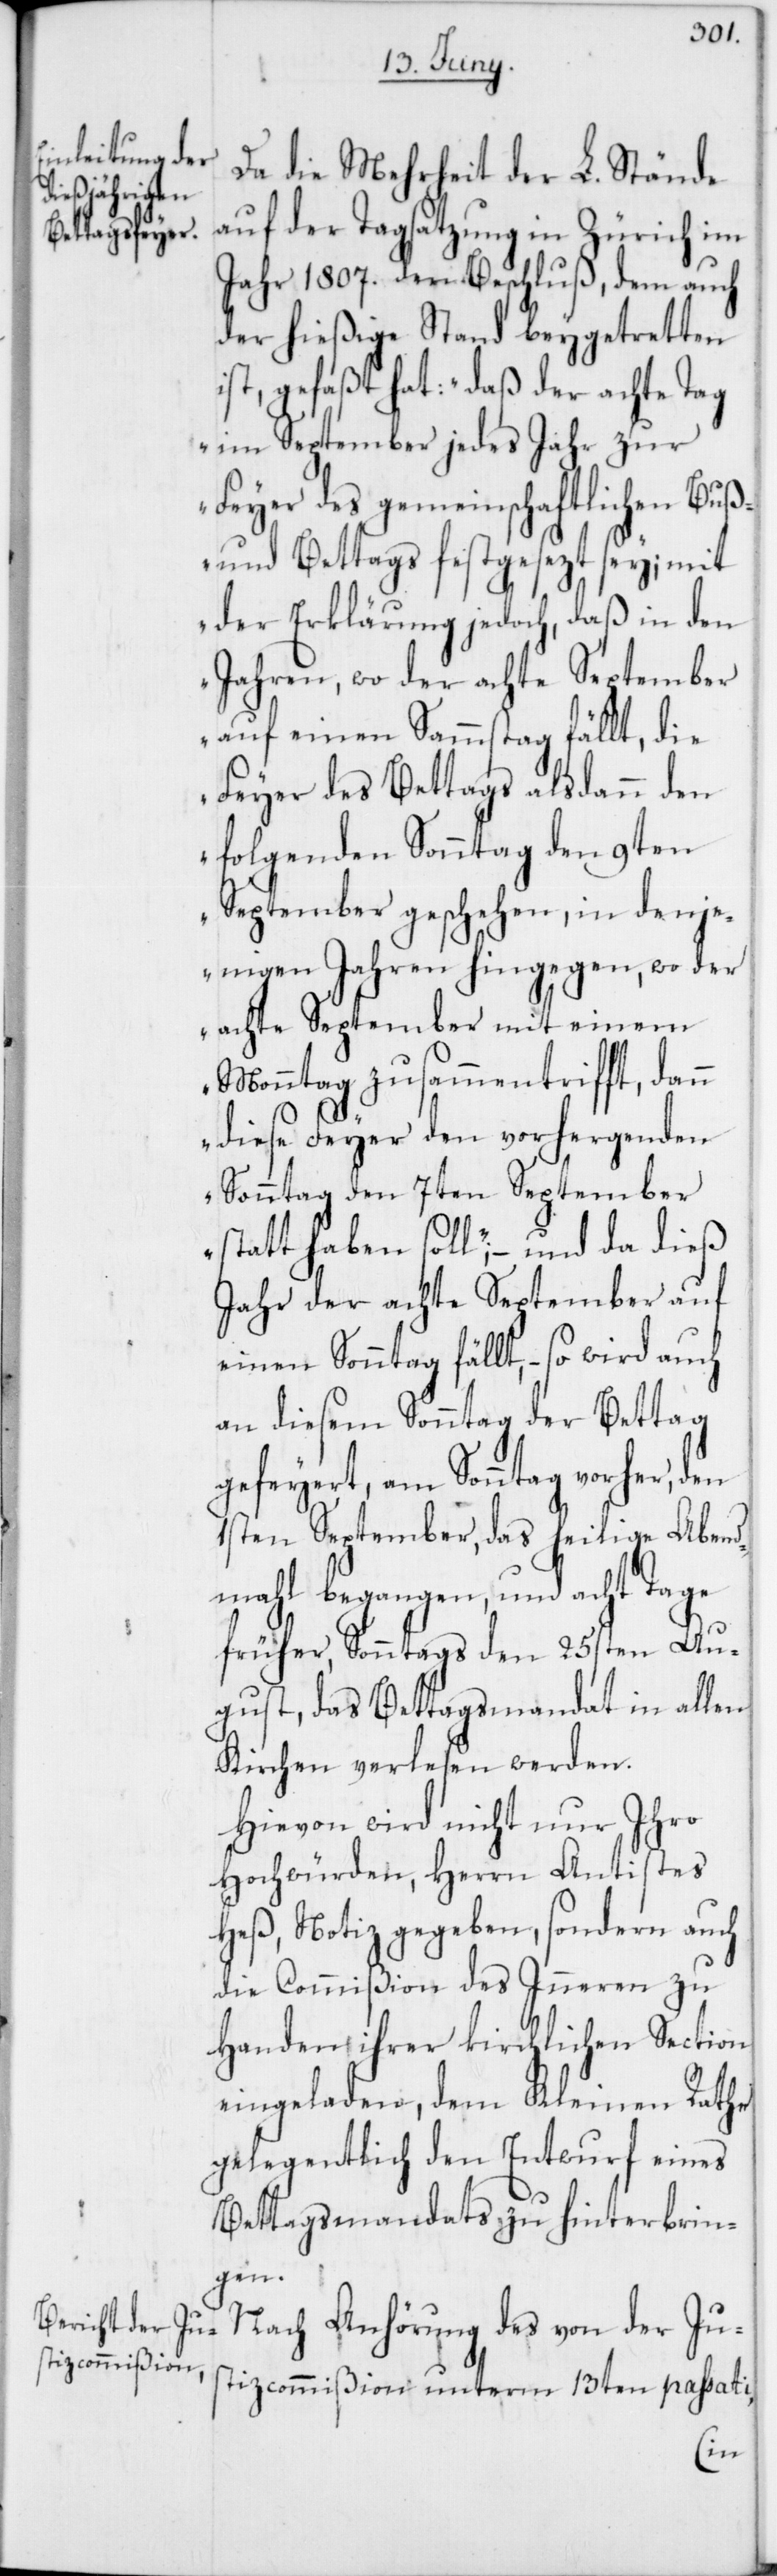
Da die Mehrheit der L. Stände
auf der Tagsatzung in Zürich im
Jahr 1807. den Beschluß, dem auch
der hießige Stand beygetretten
ist, gefaßt hat: „daß der achte Tag
im September jedes Jahr zur
Feyer des gemeinschaftlichen Buß-
und Bettags festgesezt sey; mit
der Erklärung jedoch, daß in den
Jahren, wo der achte September
auf einen Sammstag fällt, die
Feyer des Bettags alsdann den
folgenden Sonntag den 9ten
September geschehen, in denje¬
nigen Jahren hingegen, wo der
achte September mit einem
Monntag zusammentrifft, dann
diese Feyer den vorhergehenden
Sonntag den 7ten September
statt haben soll“, – und da dieß
Jahr der achte September auf
einen Sonntag fällt, – so wird
an diesem Sonntag der Bettag
gefeyert, am Sonntag vorher, den
1sten September, das heilige Abend¬
mahl begangen, und acht Tage
früher, Sonntags den 25sten Au¬
gust, das Bettagsmandat in allen
Kirchen verlesen werden.
Hievon wird nicht nur Ihro
Hochwürden, Herrn Antistes
Heß, Notiz gegeben, sondern auch
die Commißion des Inneren zu
Handen ihrer kirchlichen Section
eingeladen, dem Kleinen Rathe
gelegentlich den Entwurf eines
Bettagsmandats zu hinterbrin¬
gen.
Nach Anhörung des von der Jus¬
tizcommißion unterm 13ten passati